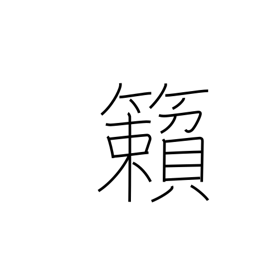
Meaning: rattling of the wind